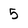
Character: 5